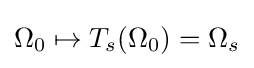
\Omega _{0}\mapsto T_{s}(\Omega _{0})=\Omega _{s}